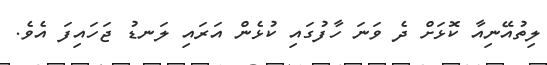
ލިތުއޭނިއާ ކޮޅަށް ދެ ވަނަ ހާފުގައި ކުޅެން އަރައި ލަނޑު ޖަހައިފަ އެވެ.